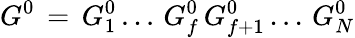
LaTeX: G^{0}\, =\, G_{1}^{0}\, ...\, G_{f}^{0}\, G_{f+1}^{0}\, ...\, G_{N}^{0}